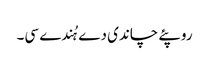
روپئے چاندی دے ہُندے سی۔